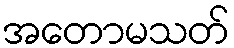
အတောမသတ်